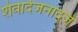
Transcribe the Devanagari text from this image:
शेवार्दजनाद्जे